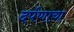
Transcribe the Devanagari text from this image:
दर्पणाचा